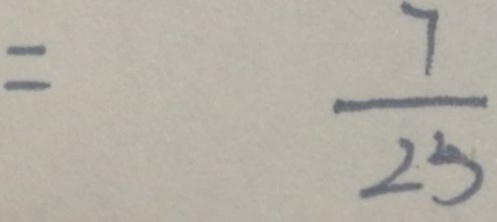
= \frac { 7 } { 2 5 }